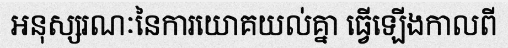
អនុស្សរណៈនៃការយោគយល់គ្នា ធ្វើឡើងកាលពី